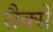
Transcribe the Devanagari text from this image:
सैक्से